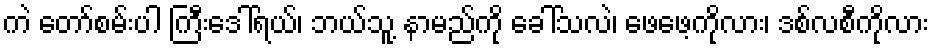
ကဲ တော်စမ်းပါ ကြီးဒေါ်ရယ်၊ ဘယ်သူ့ နာမည်ကို ခေါ်သလဲ၊ ဖေဖေ့ကိုလား၊ ဒစ်လစီကိုလား